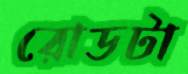
রোডটা